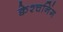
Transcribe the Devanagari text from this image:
क्वेश्चनिंग